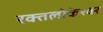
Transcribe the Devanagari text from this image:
रक्तलोकेश्वर